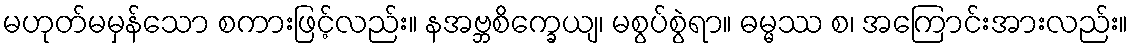
မဟုတ်မမှန်သော စကားဖြင့်လည်း။ နအဗ္ဘစိက္ခေယျ၊ မစွပ်စွဲရာ။ ဓမ္မဿ စ၊ အကြောင်းအားလည်း။